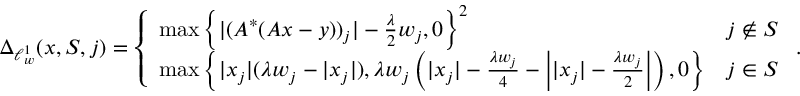
\Delta _ { \ell _ { w } ^ { 1 } } ( x , S , j ) = \left\{ \begin{array} { l l } { \operatorname* { m a x } \left\{ | ( A ^ { * } ( A x - y ) ) _ { j } | - \frac { \lambda } { 2 } w _ { j } , 0 \right\} ^ { 2 } } & { j \notin S } \\ { \operatorname* { m a x } \left\{ | x _ { j } | ( \lambda w _ { j } - | x _ { j } | ) , \lambda w _ { j } \left( | x _ { j } | - \frac { \lambda w _ { j } } { 4 } - \left| | x _ { j } | - \frac { \lambda w _ { j } } { 2 } \right| \right) , 0 \right\} } & { j \in S } \end{array} \right. .